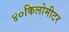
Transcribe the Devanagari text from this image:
४०किलोमीटर